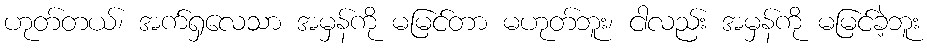
ဟုတ်တယ်၊ အက်ရှလေသာ အမှန်ကို မမြင်တာ မဟုတ်ဘူး၊ ငါလည်း အမှန်ကို မမြင်ခဲ့ဘူး